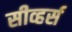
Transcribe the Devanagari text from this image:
सीव्हर्स